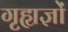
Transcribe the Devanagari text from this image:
गृह्यज्ञों